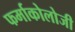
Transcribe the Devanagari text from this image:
फर्माकोलोजी